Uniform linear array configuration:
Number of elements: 24
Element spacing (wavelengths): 0.25
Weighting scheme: hann
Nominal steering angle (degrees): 0
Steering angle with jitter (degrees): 0.974
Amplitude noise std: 0.05
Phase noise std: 0.05

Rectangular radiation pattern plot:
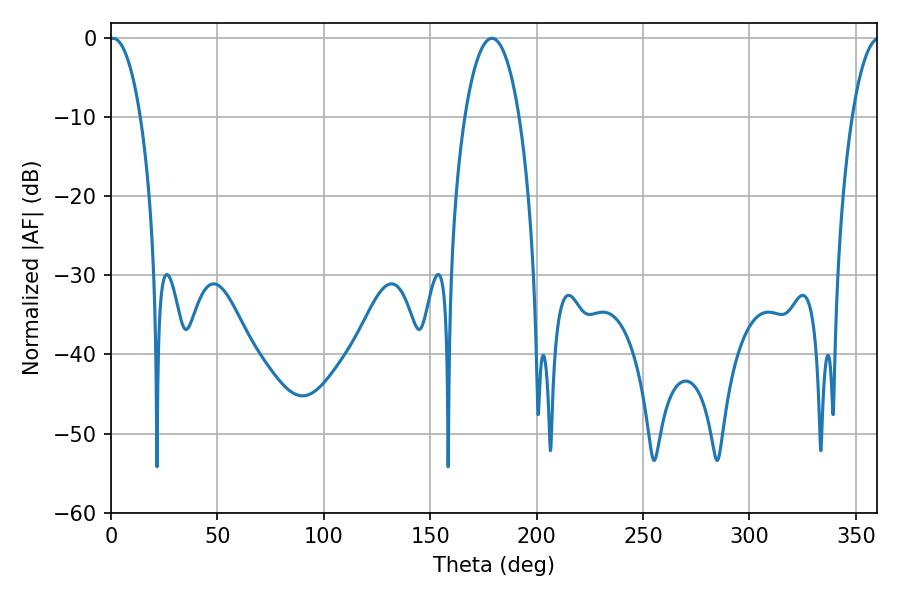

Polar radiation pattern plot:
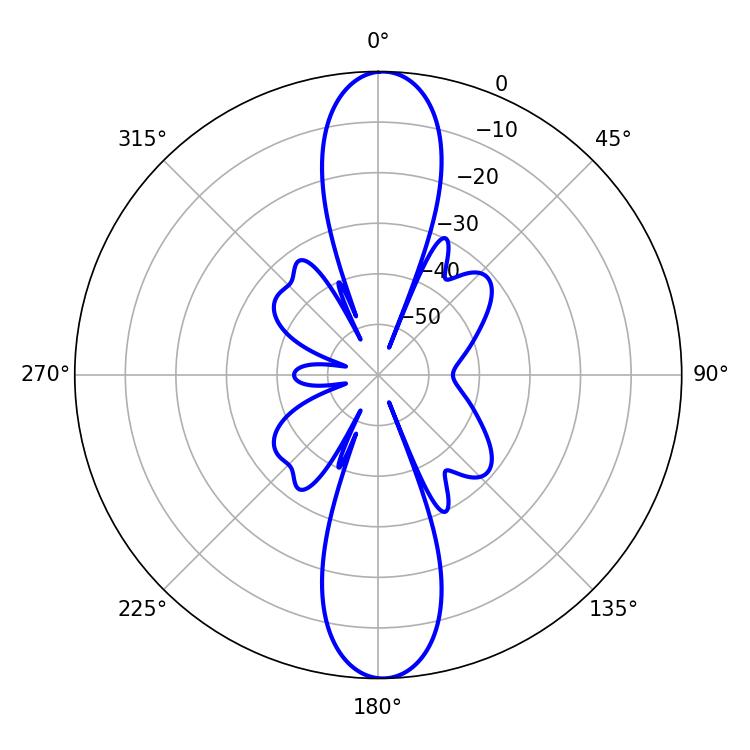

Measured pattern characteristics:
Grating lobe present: FALSE
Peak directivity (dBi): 23.254
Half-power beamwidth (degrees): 8.1
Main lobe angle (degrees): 1.08